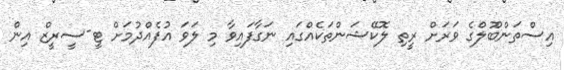
އިސްތަންބޫލްގެ ވަރަށް ރީތި ލޮކޭޝަންތަކެއްގައި ނަގާފައިވާ މި ލަވަ އުފެއްދުމަށް ޓީ-ސީރީޒް އިން